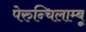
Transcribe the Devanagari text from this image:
पेरुन्चिलाम्बू